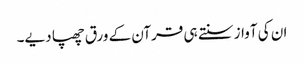
ان کی آواز سنتے ہی قرآن کے ورق چھپا دیے۔